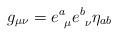
LaTeX: \begin{align*}g_{\mu \nu} = e^a_{~\mu} e^b_{~\nu} \eta_{a b}\end{align*}